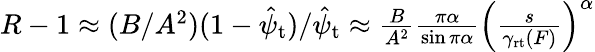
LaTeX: \begin{array}{r}{R-1\approx(B/A^{2})(1-\hat{\psi}_{\mathrm{t}})/\hat{\psi}_{\mathrm{t}}\approx\frac{B}{A^{2}}\frac{\pi\alpha}{\sin\pi\alpha}\left(\frac{s}{\gamma_{\mathrm{rt}}(F)}\right)^{\alpha}}\end{array}